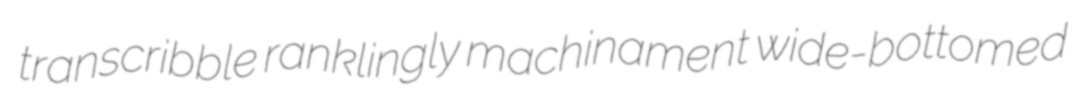
transcribble ranklingly machinament wide-bottomed